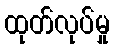
ထုတ်လုပ်မှု